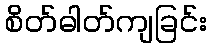
စိတ်ဓါတ်ကျခြင်း